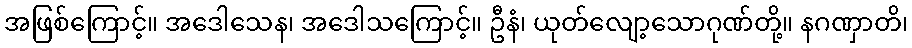
အဖြစ်ကြောင့်။ အဒေါသေန၊ အဒေါသကြောင့်။ ဦနံ၊ ယုတ်လျော့သောဂုဏ်တို့။ နဂဏှာတိ၊